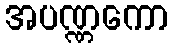
အပဏ္ဏကော